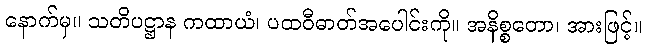
နောက်မှ။ သတိပဋ္ဌာန ကထာယံ၊ ပထဝီဓာတ်အပေါင်းကို။ အနိစ္စတော၊ အားဖြင့်။